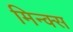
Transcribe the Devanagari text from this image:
मिन्क्स